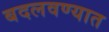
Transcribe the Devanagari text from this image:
बदलवण्यात